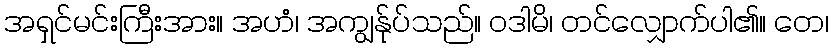
အရှင်မင်းကြီးအား။ အဟံ၊ အကျွန်ုပ်သည်။ ဝဒါမိ၊ တင်လျှောက်ပါ၏။ တေ၊